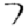
Digit: 7